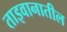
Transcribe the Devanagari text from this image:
ताइवानातील